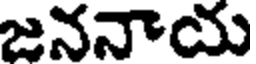
జననాయ